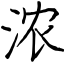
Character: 浓